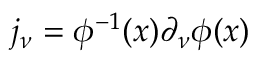
j _ { \nu } = \phi ^ { - 1 } ( x ) \partial _ { \nu } \phi ( x )